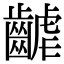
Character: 𪘽